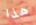
هذا